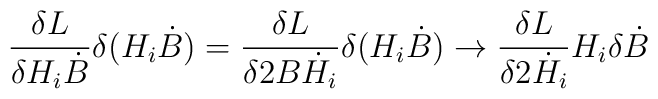
{\delta L \over \delta H_i \dot B}  \delta (H_i \dot B) ={\delta L \over \delta 2 B \dot H_i} \delta (H_i \dot B) \to{\delta L \over \delta 2 \dot H_i} H_i  \delta \dot B